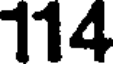
114